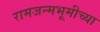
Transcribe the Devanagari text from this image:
रामजन्मभूमीच्या